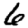
Digit: 6